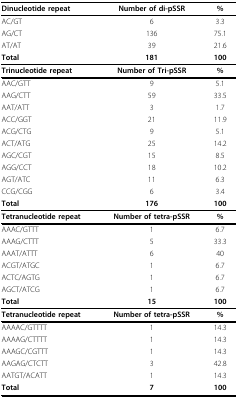
| Dinucleotide repeat | Number of di-pSSR | % |
 | --- | --- | --- |
 | AC/GT | 6 | 3.3 |
 | AG/CT | 136 | 75.1 |
 | AT/AT | 39 | 21.6 |
 | Total | 181 | 100 |
 | Trinucleotide repeat | Number of Tri-pSSR | % |
 | AAC/GTT | 9 | 5.1 |
 | AAG/CTT | 59 | 33.5 |
 | AAT/ATT | 3 | 1.7 |
 | ACC/GGT | 21 | 11.9 |
 | ACG/CTG | 9 | 5.1 |
 | ACT/ATG | 25 | 14.2 |
 | AGC/CGT | 15 | 8.5 |
 | AGG/CCT | 18 | 10.2 |
 | AGT/ATC | 11 | 6.3 |
 | CCG/CGG | 6 | 3.4 |
 | Total | 176 | 100 |
 | Tetranucleotide repeat | Number of tetra-pSSR | % |
 | AAAC/GTTT | 1 | 6.7 |
 | AAAG/CTTT | 5 | 33.3 |
 | AAAT/ATTT | 6 | 40 |
 | ACGT/ATGC | 1 | 6.7 |
 | ACTC/AGTG | 1 | 6.7 |
 | AGCT/ATCG | 1 | 6.7 |
 | Total | 15 | 100 |
 | Tetranucleotide repeat | Number of tetra-pSSR | % |
 | AAAAC/GTTTT | 1 | 14.3 |
 | AAAAG/CTTTT | 1 | 14.3 |
 | AAAGC/CGTTT | 1 | 14.3 |
 | AAGAG/CTCTT | 3 | 42.8 |
 | AATGT/ACATT | 1 | 14.3 |
 | Total | 7 | 100 |